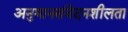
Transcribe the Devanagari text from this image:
अनुमानसंवेदनशीलता